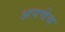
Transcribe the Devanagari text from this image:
अपचेय